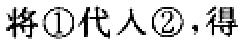
将\textcircled{1}代人\textcircled{2}，得